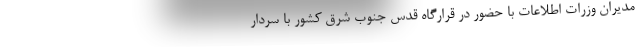
مدیران وزرات اطلاعات با حضور در قرارگاه قدس جنوب شرق کشور با سردار